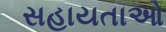
સહાયતાઓ